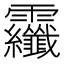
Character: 𩇏